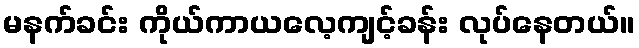
မနက်ခင်း ကိုယ်ကာယလေ့ကျင့်ခန်း လုပ်နေတယ်။